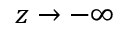
z \to - \infty